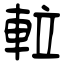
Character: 𨋢